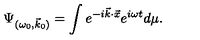
\Psi _ { ( \omega _ { 0 } , \vec { k } _ { 0 } ) } = \int e ^ { - i \vec { k } { \cdot } \vec { x } } e ^ { i \omega t } d \mu .